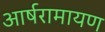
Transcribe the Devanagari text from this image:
आर्षरामायण